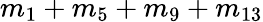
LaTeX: m_{1}+m_{5}+m_{9}+m_{13}